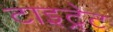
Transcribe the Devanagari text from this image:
टाइट्रेट